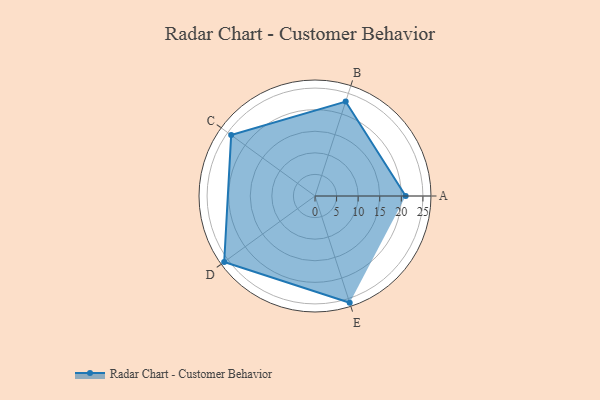
{"axis": {"x": "Skill", "y": "Score"}, "legend": ["Profile"], "data": [{"x": "A", "y": 21.0, "type": "Profile"}, {"x": "B", "y": 23.0, "type": "Profile"}, {"x": "C", "y": 24.0, "type": "Profile"}, {"x": "D", "y": 26.0, "type": "Profile"}, {"x": "E", "y": 26.0, "type": "Profile"}]}